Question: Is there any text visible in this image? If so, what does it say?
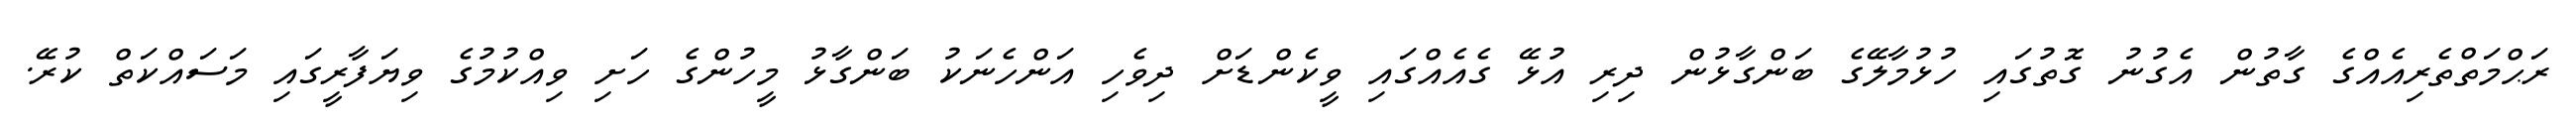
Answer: ރަޙްމަތްތެރިއެއްގެ ގާތުން އެގުނު ގޮތުގައި ހުޅުމާލޭގެ ބަންގާޅުން ދިރި އުޅޭ ގެއެއްގައި ވީކެންޑަށް ދިވެހި އަންހެނަކު ބަންގާޅު މީހުންގެ ހަށި ވިއްކުމުގެ ވިޔަފާރީގައި މަސައްކަތް ކުރޭ.